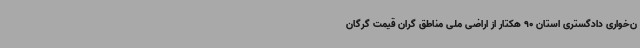
ن‌خواری دادگستری استان 90 هکتار از اراضی ملی مناطق گران قیمت گرگان